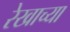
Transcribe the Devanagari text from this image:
रेखाच्या